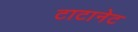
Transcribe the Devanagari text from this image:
टाटानेट